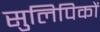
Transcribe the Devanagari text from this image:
सुलिपिकों